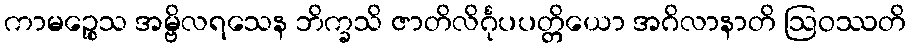
ကာမဉ္စေသ အမ္ဗိလရသေန ဘိက္ခသိ ဇာတိလိင်္ဂုပပတ္တိယော အဂိလာနာတိ ဩဝဿတိ